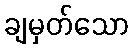
ချမှတ်သော